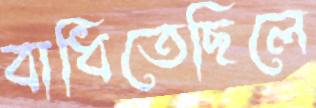
বাধিতেছিলে